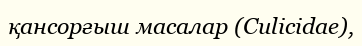
қансорғыш масалар (Culіcіdae),